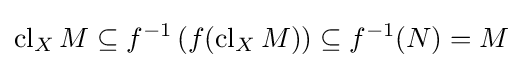
\operatorname {cl} _{X}M\subseteq f^{-1}\left(f(\operatorname {cl} _{X}M)\right)\subseteq f^{-1}(N)=M